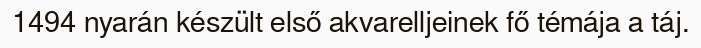
1494 nyarán készült első akvarelljeinek fő témája a táj.